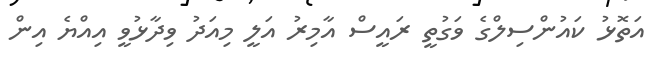
އަތޮޅު ކައުންސިލްގެ ވަގުތީ ރައީސް އާމިރު އަލީ މިއަދު ވިދާޅުވީ އިއްޔެ އިން